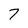
Character: 7